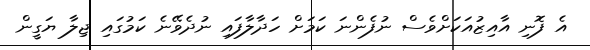
އެ ފޮނި އާއިޒުއަކަށްވެސް ނުފެންނަ ކަމަށް ހަދާލާފައި ނުދެވޭނެ ކަމުގައި ޖިލާ ޔަގީން